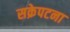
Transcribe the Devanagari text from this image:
सक्रेपटना